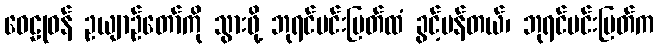
ဝေဠုဝန် ဥယျာဉ်တော်ကို သွားဖို့ ဘုရင်မင်းမြတ်ထံ ခွင့်ပန်တယ်၊ ဘုရင်မင်းမြတ်က